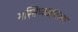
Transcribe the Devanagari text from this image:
मस्तिष्कप्रांतस्था